Mental hospitals Bombay report 1929-33 - 1929-1933
Year: 1929
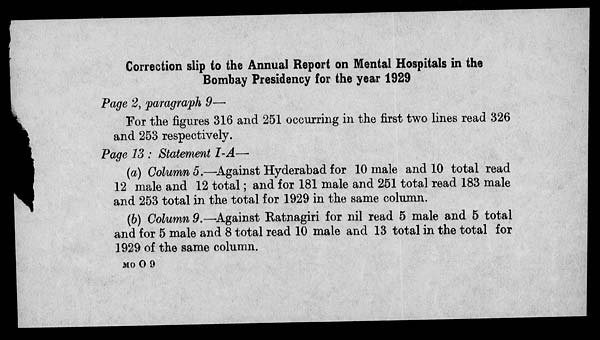
Correction slip to the Annual Report on Mental Hospitals in the
Bombay Presidency for the year 1929
Page 2, paragraph 9—
For the figures 316 and 251 occurring in the first two lines read 326
and 253 respectively.
Page 13 : Statement I-A—
(a) Column 5.—Against Hyderabad for 10 male and 10 total read
12 male and 12 total; and for 181 male and 251 total read 183 male
and 253 total in the total for 1929 in the same column.
(b) Column 9.—Against Ratnagiri for nil read 5 male and 5 total
and for 5 male and 8 total read 10 male and 13 total in the total for
1929 of the same column.
MO O 9